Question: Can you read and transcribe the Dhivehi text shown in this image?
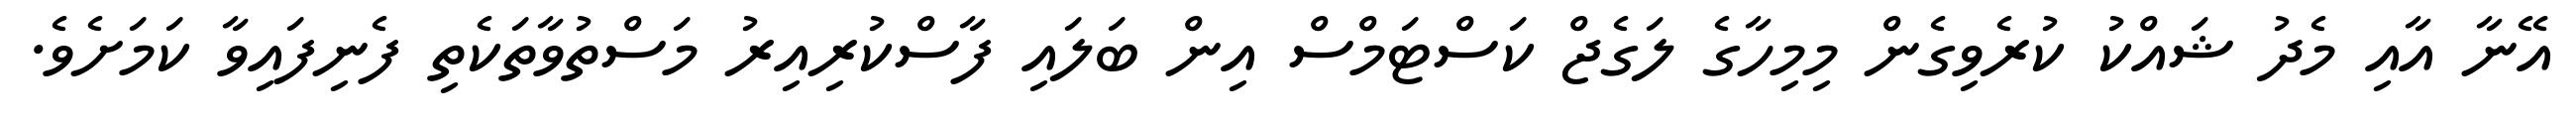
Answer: އޭނާ އާއި މެދު ޝައްކު ކުރެވިގެން މިމިހާގެ ލަގެޖް ކަސްޓަމްސް އިން ބަލައި ފާސްކުރިއިރު މަސްތުވާތަކެތި ފެނިފައިވާ ކަމަށެވެ.